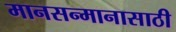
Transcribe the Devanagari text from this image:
मानसन्मानासाठी